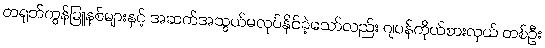
တရုတ်ကွန်မြူနစ်များနှင့် အဆက်အသွယ်မလုပ်နိုင်ခဲ့သော်လည်း ဂျပန်ကိုယ်စားလှယ် တစ်ဦး